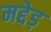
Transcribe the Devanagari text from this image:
मद्देड़